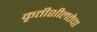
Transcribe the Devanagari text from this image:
कृतीशीलतेचा